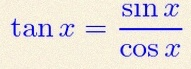
\tan x=\frac{\sin x}{\cos x}